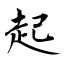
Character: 起